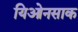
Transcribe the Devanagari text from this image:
यिओनसाक